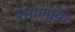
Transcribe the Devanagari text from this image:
प्रमाणीक